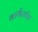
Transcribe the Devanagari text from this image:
कार्यप्रपंच